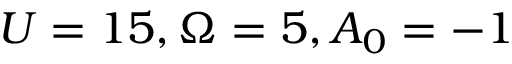
U = 1 5 , \Omega = 5 , A _ { 0 } = - 1